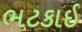
ભટકાઈ